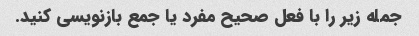
جمله زیر را با فعل صحیح مفرد یا جمع بازنویسی کنید.